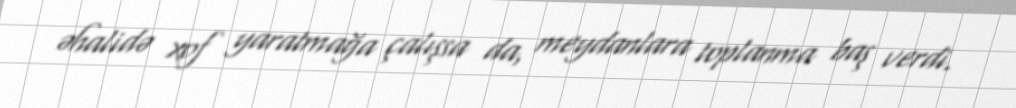
əhalidə xof yaratmağa çalışsa da, meydanlara toplanma baş verdi.